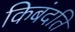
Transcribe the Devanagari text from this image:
किबंदति